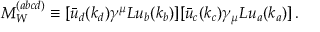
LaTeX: { \cal M } _ { W } ^ { ( a b c d ) } \equiv [ \bar { u } _ { d } ( k _ { d } ) \gamma ^ { \mu } L u _ { b } ( k _ { b } ) ] [ \bar { u } _ { c } ( k _ { c } ) \gamma _ { \mu } L u _ { a } ( k _ { a } ) ] \, .